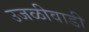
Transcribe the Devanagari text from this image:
उजळीवाडी